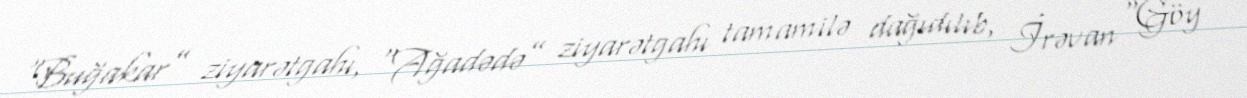
“Buğakar” ziyarətgahı, “Ağadədə” ziyarətgahı tamamilə dağıdılıb, İrəvan “Göy